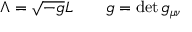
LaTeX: \Lambda = \sqrt { - g } L \qquad g = \operatorname * { d e t } g _ { \mu \nu }